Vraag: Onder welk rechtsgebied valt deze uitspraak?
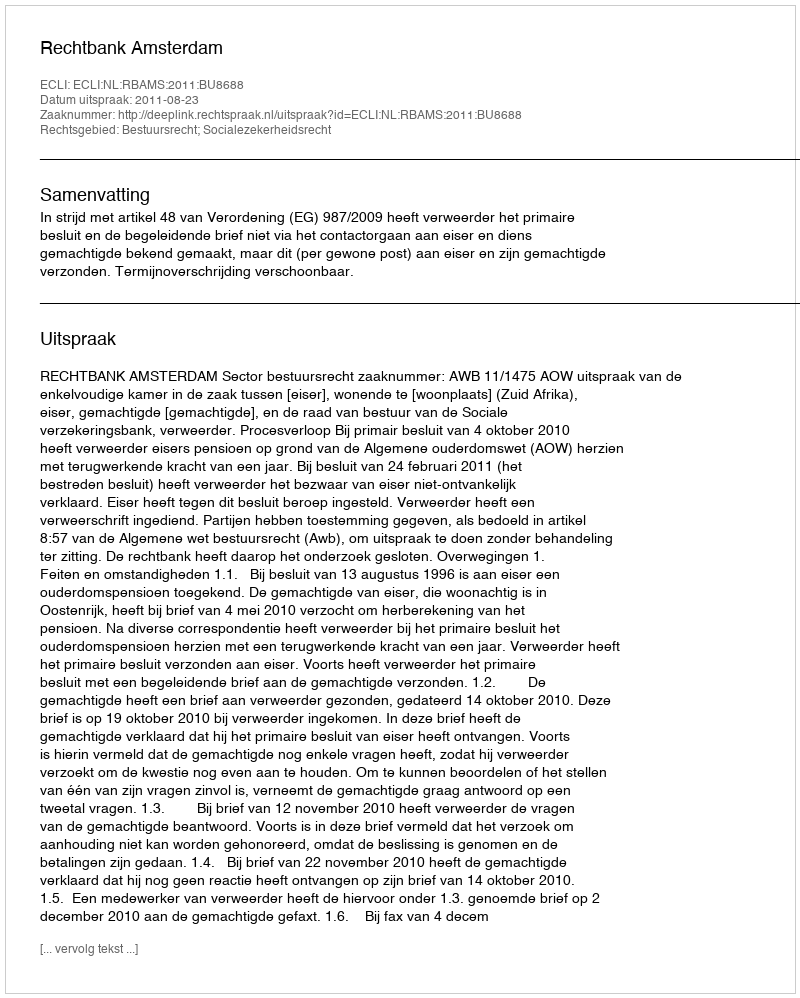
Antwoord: Bestuursrecht; Socialezekerheidsrecht